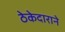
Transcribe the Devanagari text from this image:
ठेकेदाराने